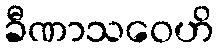
ခီဏာသဝေဟိ